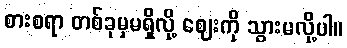
စားစရာ တစ်ခုမှမရှိလို့ ဈေးကို သွားမလို့ပါ။